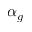
\alpha _ { g }